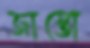
জাস্তো